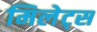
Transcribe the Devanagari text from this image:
मिलेट्स